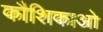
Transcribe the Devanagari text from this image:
कौशिकाओ